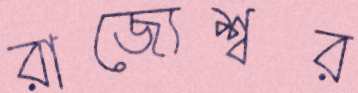
রাজ্যেশ্বর